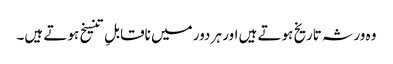
وہ ورثہ تاریخ ہوتے ہیں اور ہر دور میں ناقابلِ تنسیخ ہوتے ہیں۔